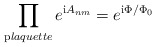
\begin{align*}\prod_{\mathrm plaquette}e^{{\mathrm i}A_{nm}}=e^{{\mathrm i}\Phi/\Phi_0}\end{align*}